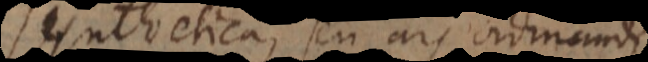
synthetica, seu ars ordinandi